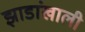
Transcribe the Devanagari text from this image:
झाडांखाली